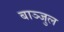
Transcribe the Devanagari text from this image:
बाञ्जुल